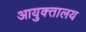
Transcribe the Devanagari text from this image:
आयुक्‍तालय